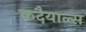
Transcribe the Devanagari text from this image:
कदैयाल्स